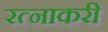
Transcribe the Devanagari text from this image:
रत्नाकरी